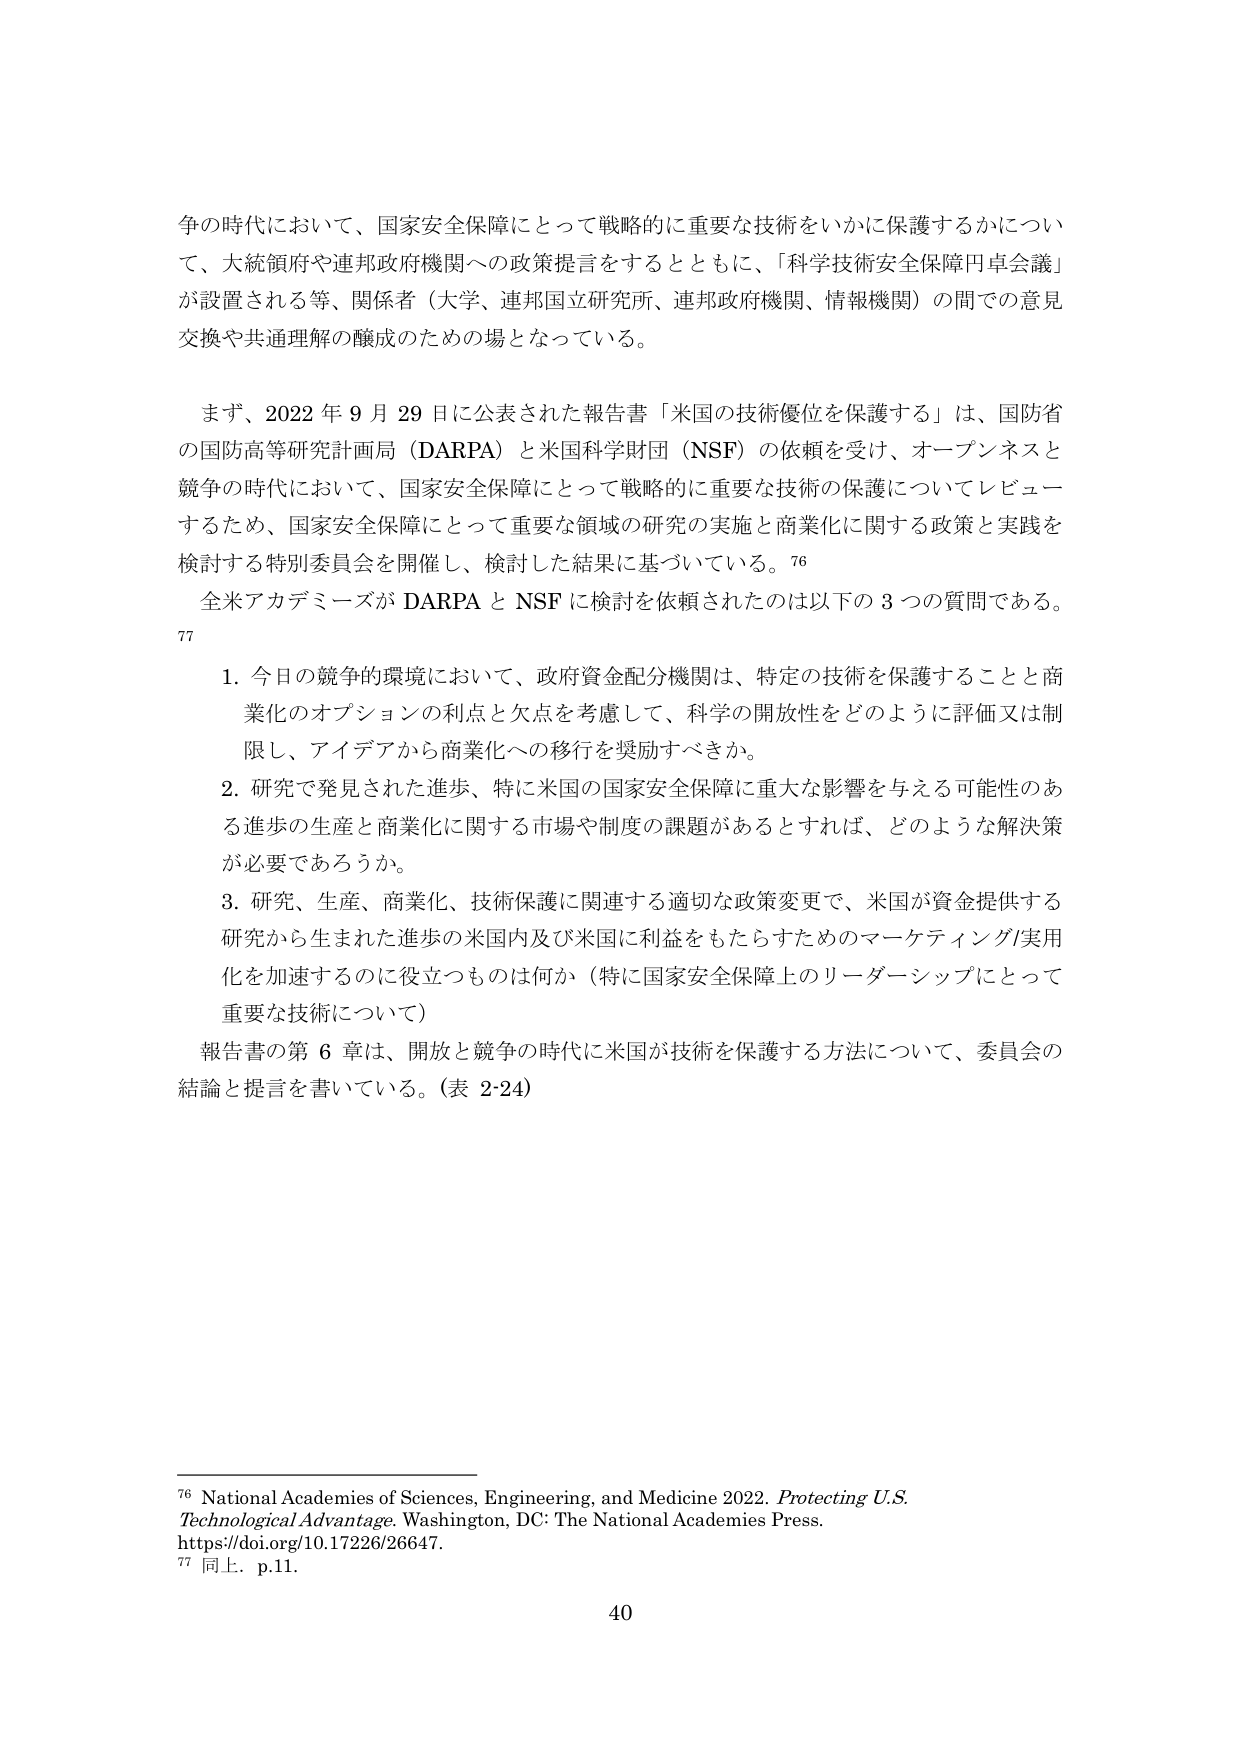
争の時代において、国家安全保障にとって戦略的に重要な技術をいかに保護するかについて、大統領府や連邦政府機関への政策提言をするとともに、「科学技術安全保障円卓会議」が設置される等、関係者（大学、連邦国立研究所、連邦政府機関、情報機関）の間での意見交換や共通理解の醸成のための場となっている。

まず、2022年9月29日に公表された報告書「米国の技術優位を保護する」は、国防省の国防高等研究計画局（DARPA）と米国科学財団（NSF）の依頼を受け、オープンネスと競争の時代において、国家安全保障にとって戦略的に重要な技術の保護についてレビューするため、国家安全保障にとって重要な領域の研究の実施と商業化に関する政策と実践を検討する特別委員会を開催し、検討した結果に基づいている。76

全米アカデミーズがDARPAとNSFに検討を依頼されたのは以下の3つの質問である。77

1. 今日の競争的環境において、政府資金配分機関は、特定の技術を保護することと商業化のオプションの利点と欠点を考慮して、科学の開放性をどのように評価又は制限し、アイデアから商業化への移行を奨励すべきか。

2. 研究で発見された進歩、特に米国の国家安全保障に重大な影響を与える可能性のある進歩の生産と商業化に関する市場や制度の課題があるとすれば、どのような解決策が必要であろうか。

3. 研究、生産、商業化、技術保護に関連する適切な政策変更で、米国が資金提供する研究から生まれた進歩の米国内及び米国に利益をもたらすためのマーケティング/実用化を加速するのに役立つものは何か（特に国家安全保障上のリーダーシップにとって重要な技術について）

報告書の第6章は、開放と競争の時代に米国が技術を保護する方法について、委員会の結論と提言を書いている。（表2-24）

76 National Academies of Sciences, Engineering, and Medicine 2022. Protecting U.S. Technological Advantage. Washington, DC: The National Academies Press. https://doi.org/10.17226/26647.

77 同上. p.11.

40